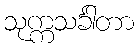
သုက္ကသင်္ခါတာ